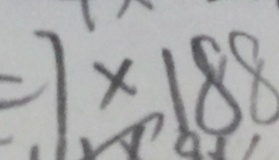
= 7 \times 1 8 8